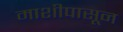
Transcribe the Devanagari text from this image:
माशीपासून